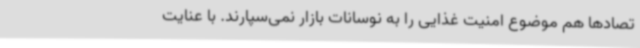
تصادها هم موضوع امنیت غذایی را به نوسانات بازار نمی‌سپارند. با عنایت